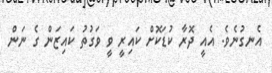
އެނގުނެވެ. އެއީ ދޮރާ ކުޑަކޮށް ކައިރީ ވީ ވަގުތު ކައިޒަން ގެ ނަން